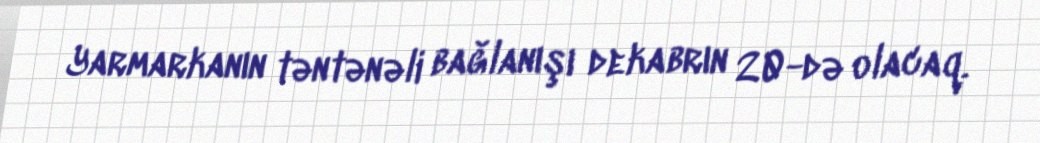
Yarmarkanın təntənəli bağlanışı dekabrın 20-də olacaq.